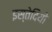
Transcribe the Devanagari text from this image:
इस्तेदियो